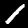
Label: 1